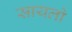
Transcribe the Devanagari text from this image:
सायलो